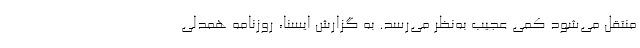
منتقل می‌شود کمی عجیب به‌نظر می‌رسد. به گزارش ایسنا، روزنامه همدلی